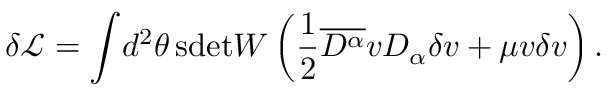
\delta \mathcal { L } = \int \! d ^ { 2 } \theta \, \mathrm { s d e t } W \left( \frac { 1 } { 2 } \overline { { { D ^ { \alpha } } } } v D _ { \alpha } \delta v + \mu v \delta v \right) .